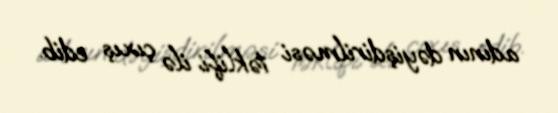
adının dəyişdirilməsi təklifi ilə çıxış edib.